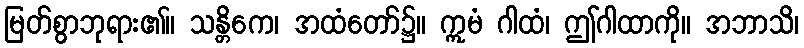
မြတ်စွာဘုရား၏။ သန္တိကေ၊ အထံတော်၌။ ဣမံ ဂါထံ၊ ဤဂါထာကို။ အဘာသိ၊